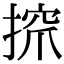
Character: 𢱑